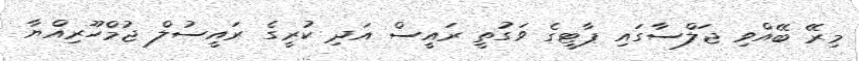
މިރޭ ބޭއްވި ޖަލްސާގައި ޕާޓީގެ ވަގުތީ ރައީސް އަދި ކުރީގެ ރައީސުލް ޖުމްހޫރިއްޔާ